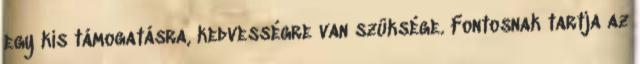
egy kis támogatásra, kedvességre van szüksége. Fontosnak tartja az